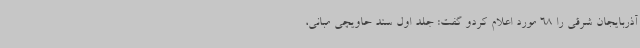
آذربایجان شرقی را 68 مورد اعلام کردو گفت: جلد اول سند حاویچی مبانی،